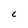
Character: L